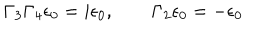
\Gamma _ { 3 } \Gamma _ { 4 } \epsilon _ { 0 } = i \epsilon _ { 0 } , \qquad \Gamma _ { 2 } \epsilon _ { 0 } = - \epsilon _ { 0 }